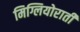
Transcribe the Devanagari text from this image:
मिग्लियोराती